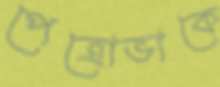
পেত্রোভাকে